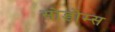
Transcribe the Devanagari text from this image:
सोडोम्स